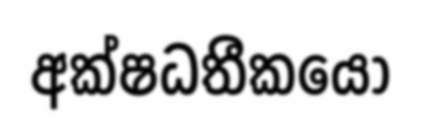
අක්ෂධතීකයෝ